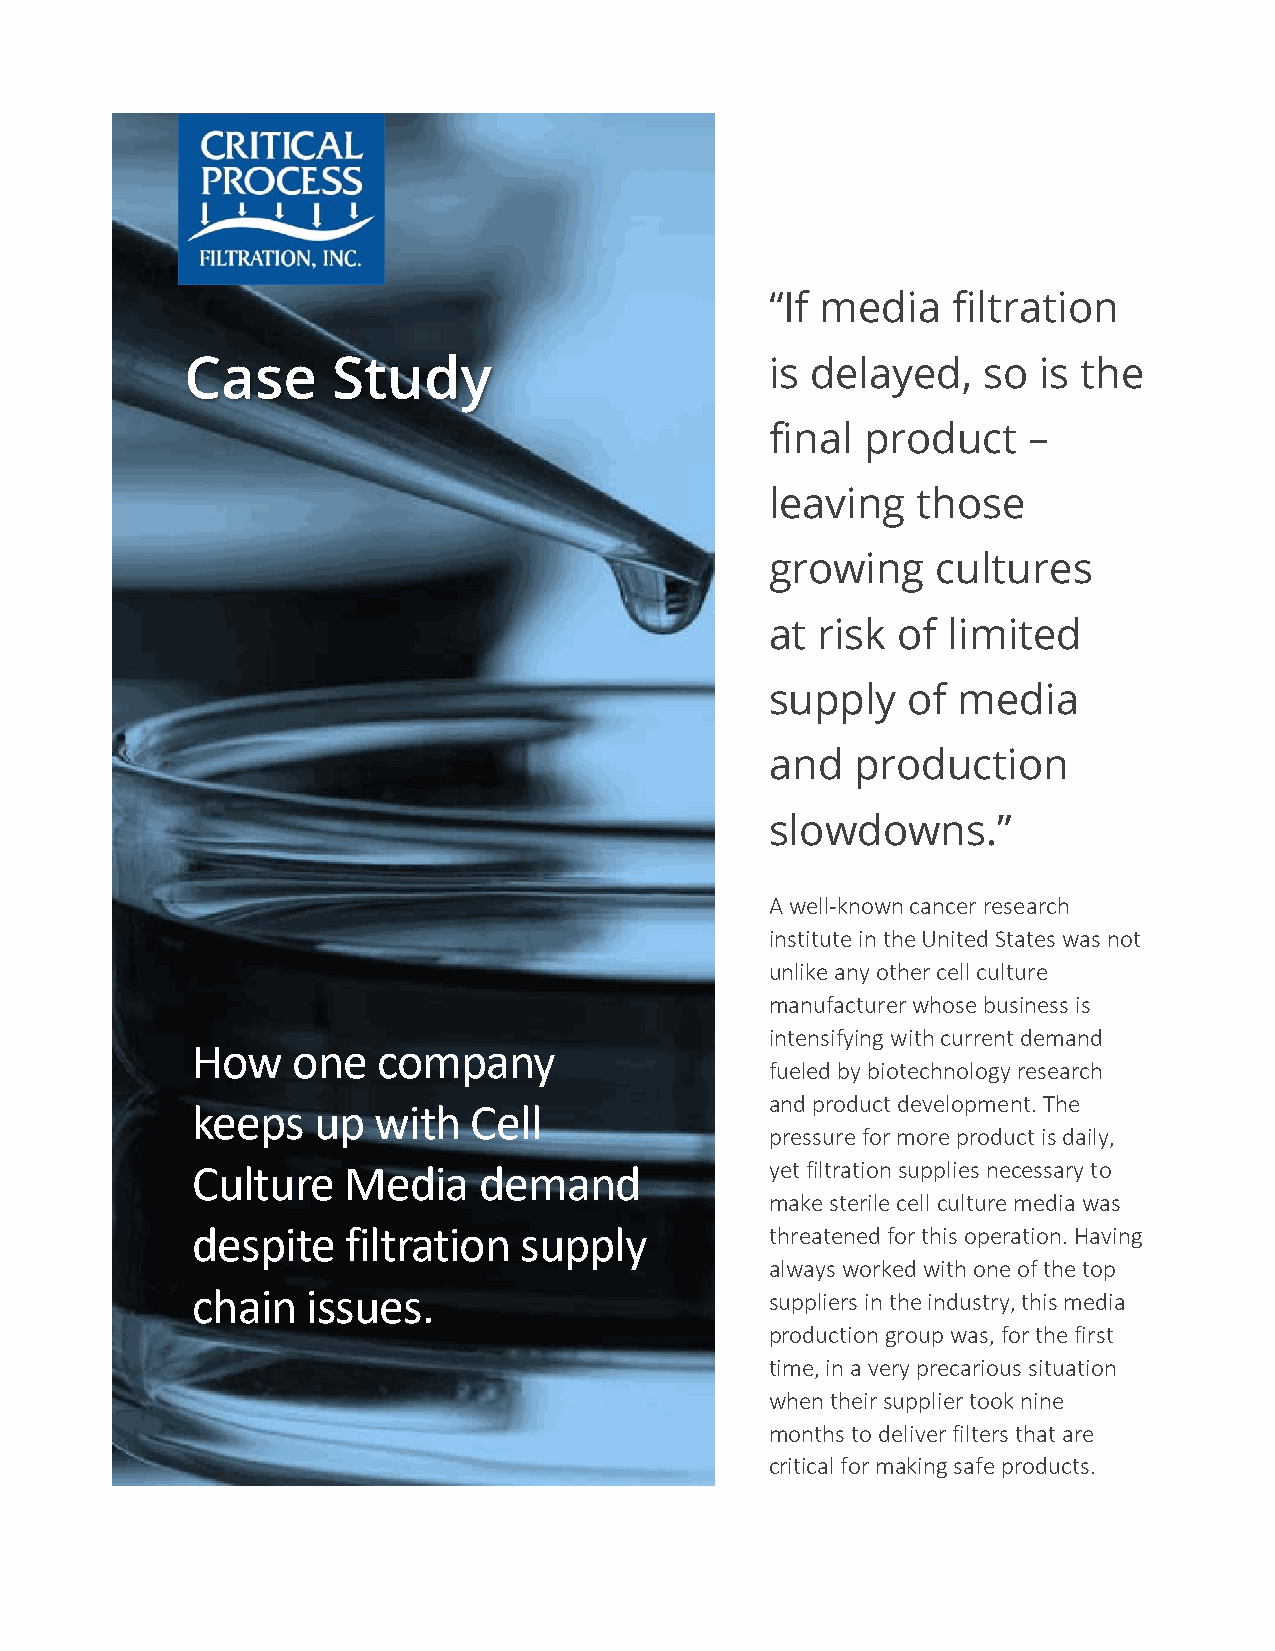
“If media   filtration
 Case      Study                        is delayed,   so  is the
 final product    –
 leaving   those
 growing    cultures
 at risk of  limited
 supply   of media
 and   production
 slowdowns.”
 A well-known cancer research
 institute in the United States was not
 unlike any other cell culture
 manufacturer whose business is
 intensifying with current demand
 How   one   company
 fueled by biotechnology research
 and product development. The
 keeps   up  with  Cell
 pressure for more product is daily,
 Culture   Media    demand             yet filtration supplies necessary to
 make sterile cell culture media was
 despite   filtration supply           threatened for this operation. Having
 always worked with one of the top
 chain  issues.                        suppliers in the industry, this media
 production group was, for the first
 time, in a very precarious situation
 when their supplier took nine
 months to deliver filters that are
 critical for making safe products.